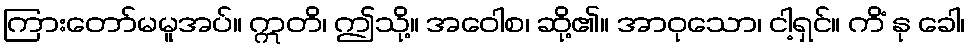
ကြားတော်မမူအပ်။ ဣတိ၊ ဤသို့။ အဝေါစ၊ ဆို့၏။ အာဝုသော၊ ငါ့ရှင်။ ကိံ နု ခေါ၊